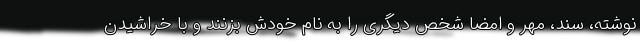
نوشته، سند، مهر و امضا شخص دیگری را به نام خودش بزنند و با خراشیدن